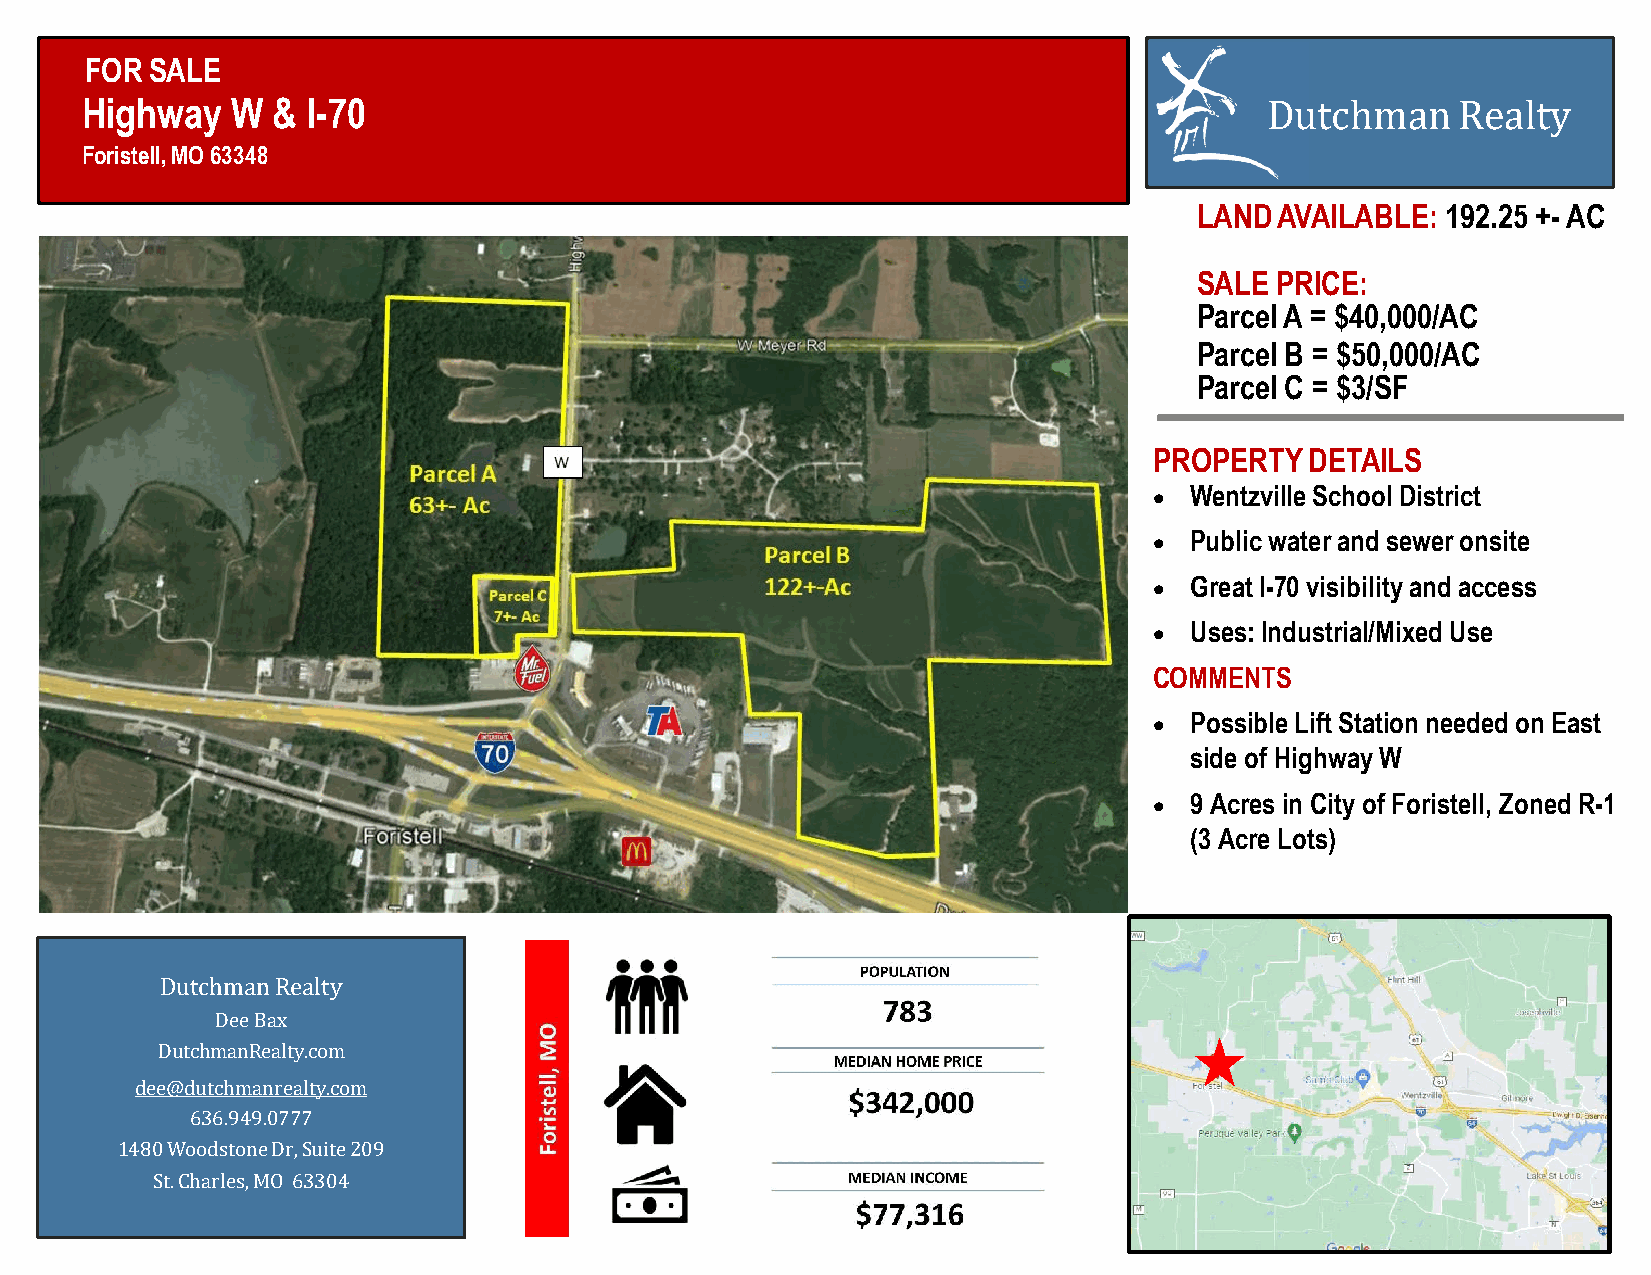
FOR SALE
 Highway   W  & I-70                                                            Dutchman    Realty
 Foristell, MO 63348
 LANDAVAILABLE:   192.25 +-AC
 SALE PRICE:
 Parcel A = $40,000/AC
 Parcel B = $50,000/AC
 Parcel C = $3/SF
 PROPERTYDETAILS
 •  Wentzville School District
 •  Public water and sewer onsite
 •  Great I-70 visibility and access
 •  Uses: Industrial/Mixed Use
 COMMENTS
 •  Possible Lift Station needed on East
 side of Highway W
 •  9 Acres in City of Foristell, Zoned R-1
 (3 Acre Lots)
 Dutchman Realty
 Dee Bax
 DutchmanRealty.com
 dee@dutchmanrealty.com
 636.949.0777
 1480WoodstoneDr,Suite209
 St.Charles, MO 63304